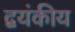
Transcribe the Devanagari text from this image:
द्वयंकीय